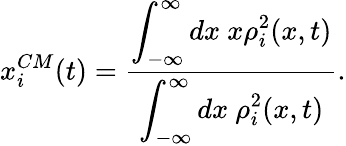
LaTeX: x_{i}^{CM}(t)=\frac{\displaystyle{\int_{-\infty}^{\infty}dx~x\rho_{i}^{2}(x,t)}}{\displaystyle{\int_{-\infty}^{\infty}dx~\rho_{i}^{2}(x,t)}}.